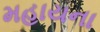
મહાયના